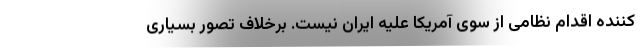
کننده اقدام نظامی از سوی آمریکا علیه ایران نیست. برخلاف تصور بسیاری